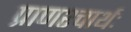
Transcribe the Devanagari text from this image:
प्राणश्चार्थः